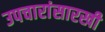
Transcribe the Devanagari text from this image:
उपचारांसारखी